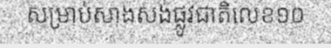
សម្រាប់សាងសង់ផ្លូវជាតិលេខ១០